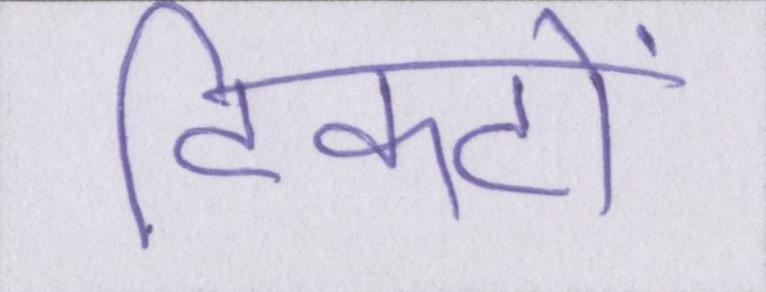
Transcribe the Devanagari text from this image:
टिकटों